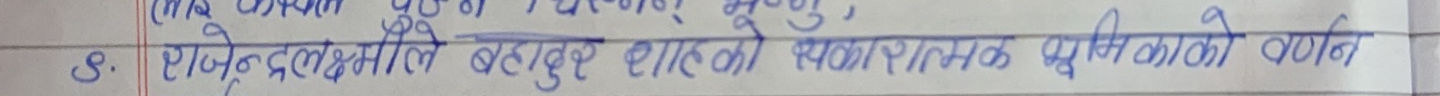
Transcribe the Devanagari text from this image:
४. राजेन्द्रलक्ष्मले बहादुर शाहको स्थापनात्मक भूमीकाको वर्णन